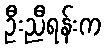
ဦးညီရန်းက